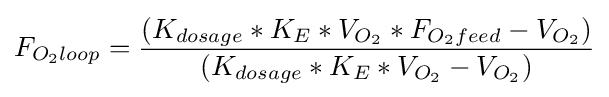
F_{O_{2}loop}={\frac {(K_{dosage}*K_{E}*V_{O_{2}}*F_{O_{2}feed}-V_{O_{2}})}{(K_{dosage}*K_{E}*V_{O_{2}}-V_{O_{2}})}}